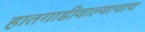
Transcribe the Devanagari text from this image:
हातगाडीवाल्याचाच